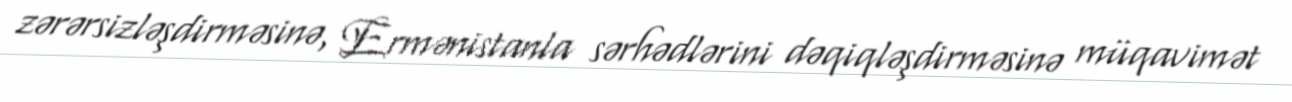
zərərsizləşdirməsinə, Ermənistanla sərhədlərini dəqiqləşdirməsinə müqavimət